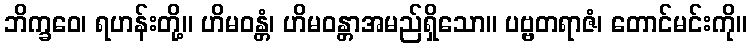
ဘိက္ခဝေ၊ ရဟန်းတို့။ ဟိမဝန္တံ၊ ဟိမဝန္တာအမည်ရှိသော။ ပဗ္ဗတရာဇံ၊ တောင်မင်းကို။